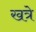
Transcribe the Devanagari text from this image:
खत्रे